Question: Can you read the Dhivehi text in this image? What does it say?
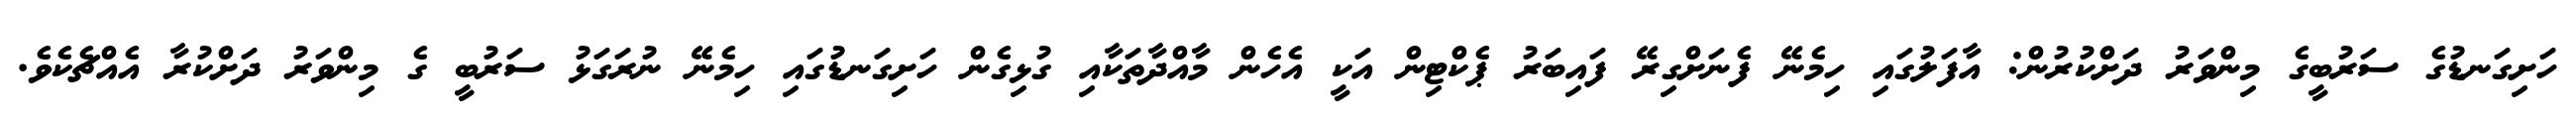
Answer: ހަށިގަނޑުގެ ސަރުބީގެ މިންވަރު ދަށްކުރުން: އާފަލުގައި ހިމެނޭ ފެނަށްގިރޭ ފައިބަރު ޕެކްޓިން އަކީ އެހެން މާއްދާތަކާއި ގުޅިގެން ހަށިގަނޑުގައި ހިމެނޭ ނުރަގަޅު ސަރުބީ ގެ މިންވަރު ދަށްކުރާ އެއްޗެކެވެ.